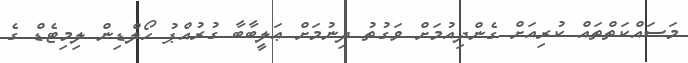
މަސައްކަތްތައް ކުރިއަށް ގެންދިއުމަށް ވަގުތު ދިނުމަށް ޢަލީބާބާ ގުރުއްޕު ހޯލްޑިން ލިމިޓެޑް ގެ